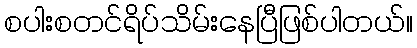
စပါးစတင်ရိပ်သိမ်းနေပြီဖြစ်ပါတယ်။